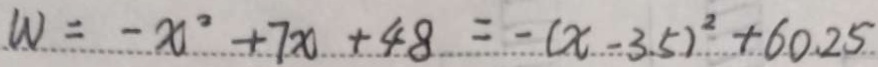
W = - x ^ { 2 } + 7 x + 4 8 = - ( x - 3 . 5 ) ^ { 2 } + 6 0 . 2 5